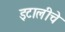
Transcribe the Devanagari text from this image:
इटालीचे